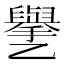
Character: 㐦